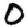
Digit: 0